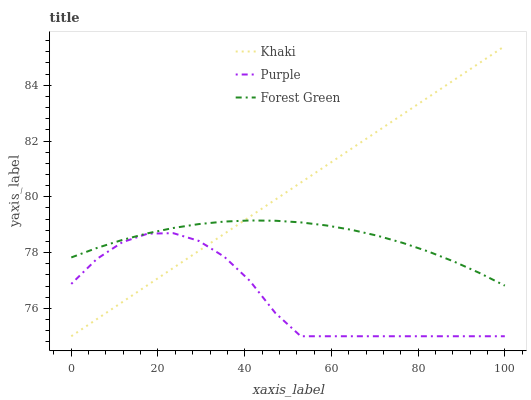
| xaxis_label | Khaki | Purple | Forest Green |
 | --- | --- | --- | --- |
 | 0 | 75 | 76.9 | 77.8 |
 | 5.88 | 75.6 | 77.8 | 78.2 |
 | 11.8 | 76.2 | 78.4 | 78.5 |
 | 17.6 | 76.8 | 78.7 | 78.7 |
 | 23.5 | 77.4 | 78.7 | 78.9 |
 | 29.4 | 78.1 | 78.4 | 79 |
 | 35.3 | 78.7 | 77.9 | 79.1 |
 | 41.2 | 79.3 | 77 | 79.2 |
 | 47.1 | 79.9 | 75.8 | 79.1 |
 | 52.9 | 80.5 | 75 | 79.1 |
 | 58.8 | 81.1 | 75 | 79 |
 | 64.7 | 81.7 | 75 | 78.8 |
 | 70.6 | 82.3 | 75 | 78.6 |
 | 76.5 | 83 | 75 | 78.3 |
 | 82.4 | 83.6 | 75 | 78 |
 | 88.2 | 84.2 | 75 | 77.7 |
 | 94.1 | 84.8 | 75 | 77.3 |
 | 100 | 85.4 | 75 | 76.8 |